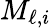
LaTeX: M_{\ell,i}